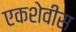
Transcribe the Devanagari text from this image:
एकशेवीस